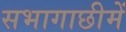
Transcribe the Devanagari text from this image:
सभागाछीमें